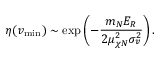
\eta ( v _ { \mathrm { m i n } } ) \sim \exp \left( - \frac { m _ { N } E _ { R } } { 2 \mu _ { \chi N } ^ { 2 } \sigma _ { v } ^ { 2 } } \right) .